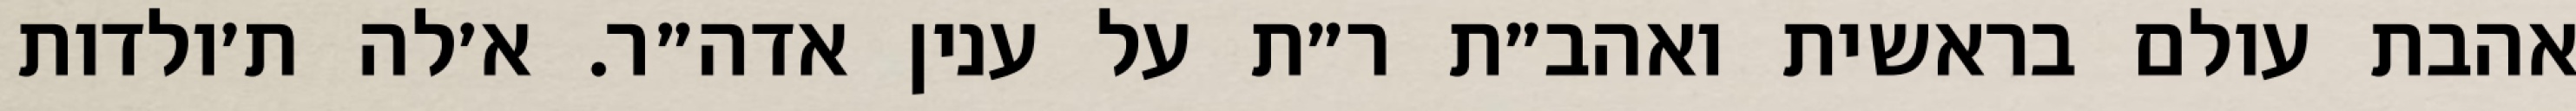
אהבת עולם בראשית ואהב״ת ר״ת על ענין אדה״ר. א׳לה ת׳ולדות